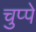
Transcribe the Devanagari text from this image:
चुप्पे